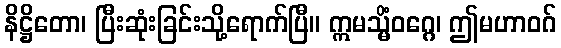
နိဋ္ဌိတော၊ ပြီးဆုံးခြင်းသို့ရောက်ပြီ။ ဣမသ္မိံဝဂ္ဂေ၊ ဤမဟာဝဂ်